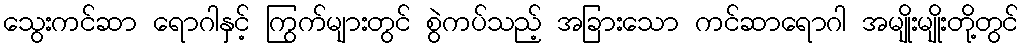
သွေးကင်ဆာ ရောဂါနှင့် ကြွက်များတွင် စွဲကပ်သည့် အခြားသော ကင်ဆာရောဂါ အမျိုးမျိုးတို့တွင်